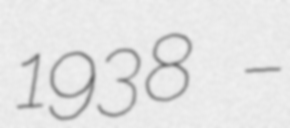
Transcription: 1938 –